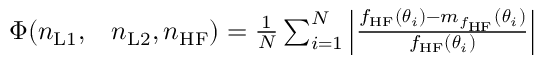
\begin{array} { r l } { \Phi ( n _ { \mathrm { L 1 } } , } & { { } n _ { \mathrm { L 2 } } , n _ { \mathrm { H F } } ) = \frac { 1 } { N } \sum _ { i = 1 } ^ { N } \left\lvert \frac { f _ { \mathrm { H F } } ( \boldsymbol { \theta } _ { i } ) - m _ { f _ { \mathrm { H F } } } ( \boldsymbol { \theta } _ { i } ) } { f _ { \mathrm { H F } } ( \boldsymbol { \theta } _ { i } ) } \right\rvert } \end{array}